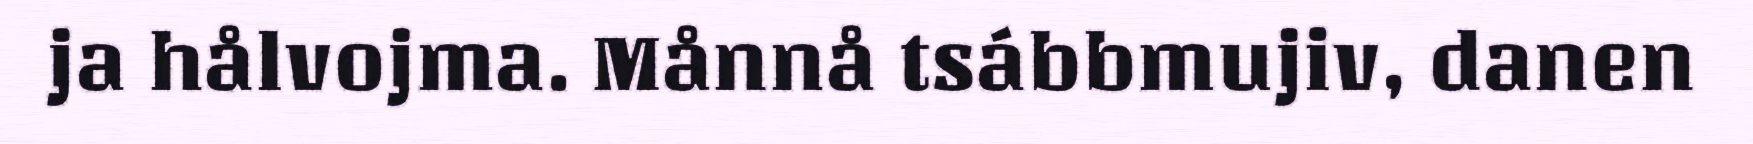
ja hålvojma. Månnå tsábbmujiv, danen